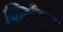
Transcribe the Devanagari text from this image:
विलेय।